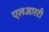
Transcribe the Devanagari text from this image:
एलआरटी